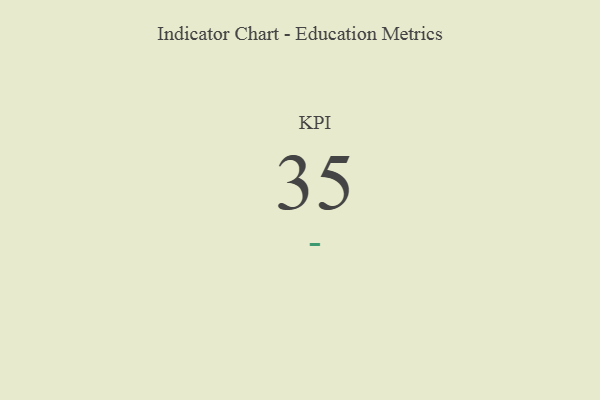
{"axis": {"x": "KPI", "y": "Value"}, "legend": [""], "data": [{"x": "KPI", "y": 35, "type": ""}]}